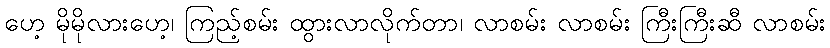
ဟေ့ မိုမိုလားဟေ့၊ ကြည့်စမ်း ထွားလာလိုက်တာ၊ လာစမ်း လာစမ်း ကြီးကြီးဆီ လာစမ်း